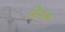
વિવસ